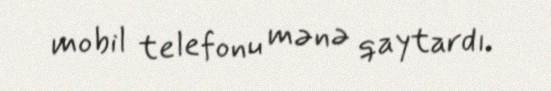
mobil telefonu mənə qaytardı.